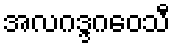
အလဂဒ္ဒဂဝေသီ